Annual vaccination report of Bihar and Orissa - 1911-1928
Year: 1911
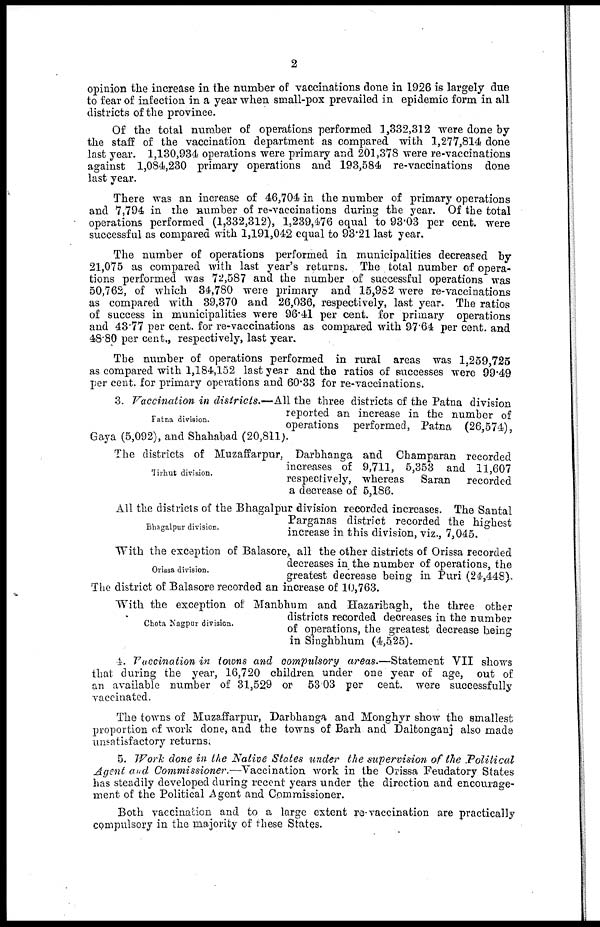
2
opinion the increase in the number of vaccinations done in 1926 is largely due
to fear of infection in a year when small-pox prevailed in epidemic form in all
districts of the province.
Of the total number of operations performed 1,332,312 were done by
the staff of the vaccination department as compared with 1,277,814 done
last year. 1,130,934 operations were primary and 201,378 were re-vaccinations
against 1,084,230 primary operations and 193,584 re-vaccinations done
last year.
There was an increase of 46,704 in the number of primary operations
and 7,794 in the number of re-vaccinations during the year. Of the total
operations performed (1,332,312), 1,239,476 equal to 93.03 per cent. were
successful as compared with 1,191,042 equal to 93.21 last year.
The number of operations performed in municipalities decreased by
21,075 as compared with last year's returns. The total number of opera-
tions performed was 72,587 and the number of successful operations was
50,762, of which 34,780 were primary and 15,982 were re-vaccinations
as compared with 39,370 and 26,036, respectively, last year. The ratios
of success in municipalities were 96.41 per cent. for primary operations
and 43.77 per cent. for re-vaccinations as compared with 97.64 per cent. and
48.80 per cent., respectively, last year.
The number of operations performed in rural areas was 1,259,725
as compared with 1,184,152 last year and the ratios of successes were 99.49
per cent. for primary operations and 60.33 for re-vaccinations.
Patna division.
3. Vaccination in districts.—All the three districts of the Patna division
reported an increase in the number of
operations performed, Patna (26,574),
Gaya (5,092), and Shahabad (20,811).
Tirhut division.
The districts of Muzaffarpur, Darbhanga and Champaran recorded
increases of 9,711, 5,353 and 11,607
respectively, whereas Saran recorded
a decrease of 5,186.
Bhagalpur division.
All the districts of the Bhagalpur division recorded increases. The Santal
Parganas district recorded the highest
increase in this division, viz., 7,045.
Orissa division.
With the exception of Balasore, all the other districts of Orissa recorded
decreases in the number of operations, the
greatest decrease being in Puri (24,448).
The district of Balasore recorded an increase of 10,763.
Chota Nagpur division.
With the exception of Manbhum and Hazaribagh, the three other
districts recorded decreases in the number
of operations, the greatest decrease being
in Singhbhum (4,525).
4. Vaccination in towns and compulsory areas.—Statement VII shows
that during the year, 16,720 children under one year of age, out of
an available number of 31,529 or 53.03 per cent. were successfully
vaccinated.
The towns of Muzaffarpur, Darbhanga and Monghyr show the smallest
proportion of work done, and the towns of Barh and Daltonganj also made
unsatisfactory returns.
5. Work done in the Native States under the supervision of the Political
Agent and Commissioner.—Vaccination work in the Orissa Feudatory States
has steadily developed during recent years under the direction and encourage-
ment of the Political Agent and Commissioner.
Both vaccination and to a large extent re-vaccination are practically
compulsory in the majority of these States.